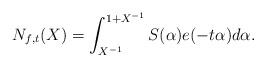
LaTeX: \begin{align*}N_{f,t}(X)=\int_{X^{-1}}^{1+X^{-1}}S(\alpha)e(-t\alpha)d\alpha.\end{align*}